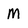
Character: M